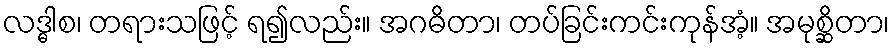
လဒ္ဓါစ၊ တရားသဖြင့် ရ၍လည်း။ အဂဓိတာ၊ တပ်ခြင်းကင်းကုန်အံ့။ အမုစ္ဆိတာ၊